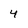
Character: 4